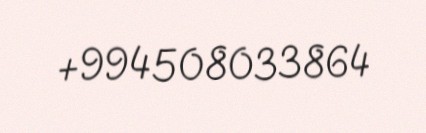
+994508033864